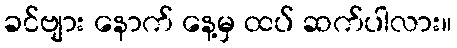
ခင်ဗျား နောက် နေ့မှ ထပ် ဆက်ပါလား။